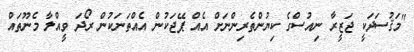
"މަޤުސަދަކީ ޖަޒީރާ ނިއުސްގެ ކިޔުންތެރިންނަށް އެއް ޕޭޖަކުން އެއްތަނަކުން ރޯދަ ވީއްލާ މެނޫތައް